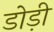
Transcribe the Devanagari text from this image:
डोड़ी